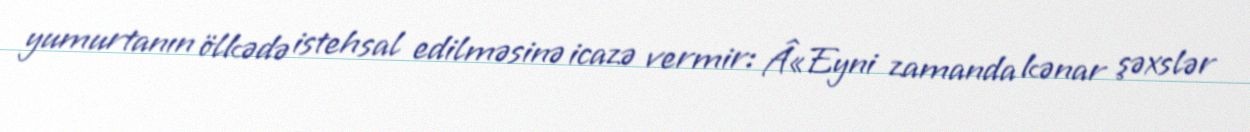
yumurtanın ölkədə istehsal edilməsinə icazə vermir: Â«Eyni zamanda kənar şəxslər